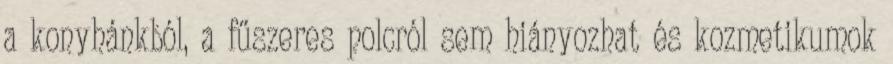
a konyhánkból, a fűszeres polcról sem hiányozhat és kozmetikumok